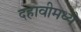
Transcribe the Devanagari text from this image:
दहावीमध्ये